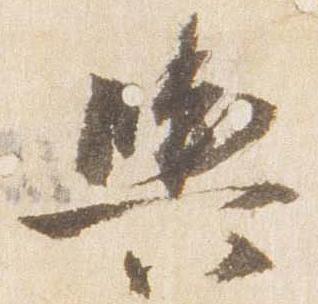
輿